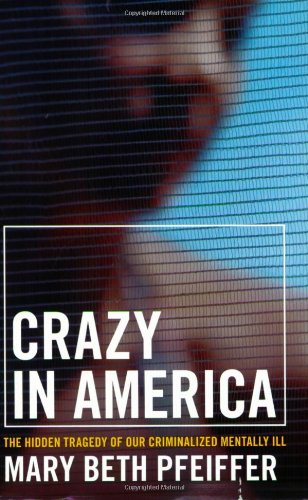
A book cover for Crazy in America: The Hidden Tragedy of Our Criminalized Mentally Ill; Mary Beth Pfeiffer; Health, Fitness & Dieting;